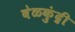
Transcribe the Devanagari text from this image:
बेळकुंद्री